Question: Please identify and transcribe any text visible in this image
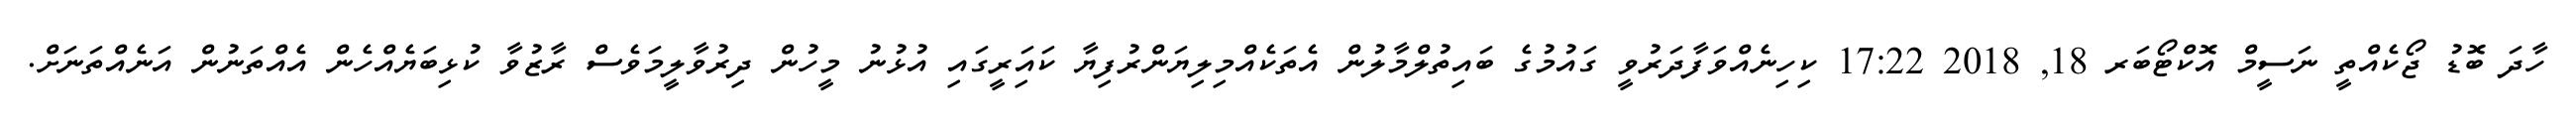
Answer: ހާދަ ބޮޑު ޖޯކެއްތީ ނަސީމް އޮކްޓޯބަރ 18, 2018 17:22 ކިހިނެއްވަފާދަރުވީ ގައުމުގެ ބައިތުލްމާލުން އެތަކެއްމިލިޔަންރުފިޔާ ކައަިރީގައި އުޅުނު މީހުން ދިރުވާލީމަވެސް ރާޒުވާ ކުޅިބަޔެއްހެން އެއްތަނުން އަނެއްތަނަށް.